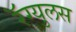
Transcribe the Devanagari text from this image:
रॅग्युलस